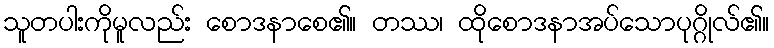
သူတပါးကိုမူလည်း စောဒနာစေ၏။ တဿ၊ ထိုစောဒနာအပ်သောပုဂ္ဂိုလ်၏။